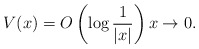
\begin{align*} V(x)=O\left(\log\frac{1}{|x|}\right) x\to0. \end{align*}